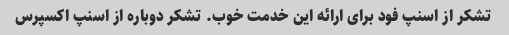
تشکر از اسنپ فود برای ارائه این خدمت خوب. تشکر دوباره از اسنپ اکسپرس